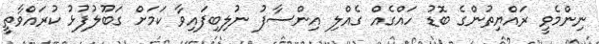
ނިންމެވީ ރައްޔިތުންގެ ބޮޑު ހައްގެއް ގެއްލި އިންސާފު ނުލިބިފައިވާ ކަމަށް ގަބޫލުފުޅު ކުރައްވާތީ